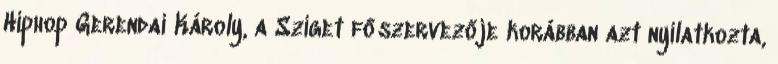
Hiphop Gerendai Károly, a Sziget főszervezője korábban azt nyilatkozta,